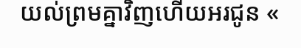
យល់ព្រមគ្នាវិញហើយអរជូន «